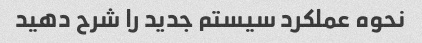
نحوه عملکرد سیستم جدید را شرح دهید